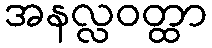
အနလ္လဝတ္ထာ